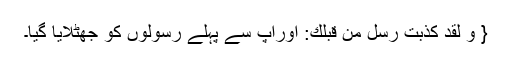
{ وَ لَقَدْ كُذِّبَتْ رُسُلٌ مِّنْ قَبْلِكَ: اورآپ سے پہلے رسولوں کو جھٹلایا گیا۔